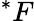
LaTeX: ^*F